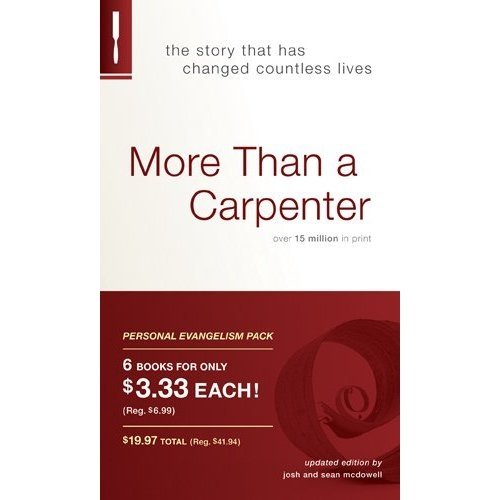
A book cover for More Than a Carpenter Personal Evangelism 6-pack; Josh D. McDowell; Christian Books & Bibles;